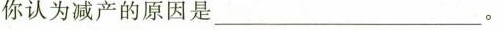
你认为减产的原因是___。